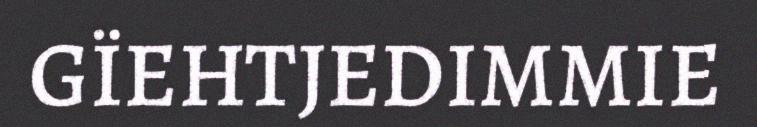
GÏEHTJEDIMMIE